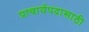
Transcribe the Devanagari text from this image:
प्राचार्यपदासाठी